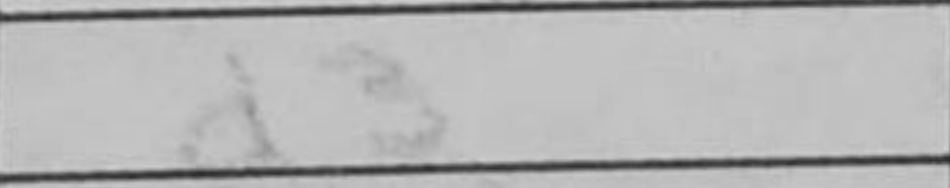
Transcription: d3